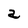
Character: a